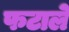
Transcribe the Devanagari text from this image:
फटाले